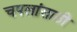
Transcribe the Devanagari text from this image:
चपलांसाठी